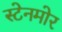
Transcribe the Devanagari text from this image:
स्टेनमोर